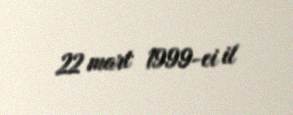
22 mart 1999-ci il